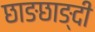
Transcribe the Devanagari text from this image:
छाङछाङ्दी